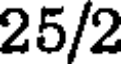
25/2